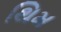
થિમ